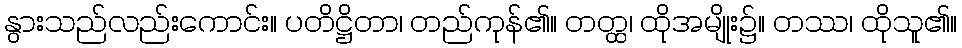
နွားသည်လည်းကောင်း။ ပတိဋ္ဌိတာ၊ တည်ကုန်၏။ တတ္ထ၊ ထိုအမျိုး၌။ တဿ၊ ထိုသူ၏။